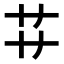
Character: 𬻀